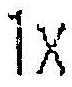
1X